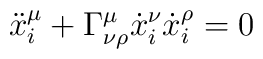
\ddot{x}_i^\mu + \Gamma^\mu_{\nu \rho}\dot{x}_i^\nu \dot{x}_i^\rho = 0